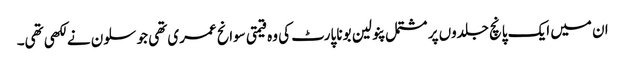
ان میں ایک پانچ جلدوں پر مشتمل پنولین بونا پارٹ کی وہ قیمتی سوانح عمری تھی جو سلون نے لکھی تھی۔